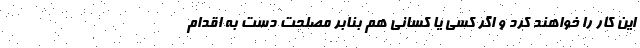
این کار را خواهند کرد و اگر کسی یا کسانی هم بنابر مصلحت دست به اقدام